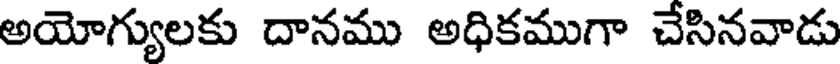
అయోగ్యులకు దానము అధికముగా చేసినవాడు